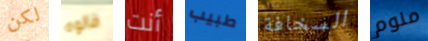
لكن قالوه أنت طبيب السخافة منوم